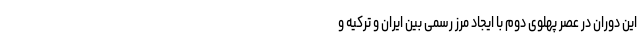
این دوران در عصر پهلوی دوم با ایجاد مرز رسمی بین ایران و ترکیه و